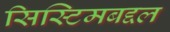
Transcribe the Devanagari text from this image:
सिस्टिमबद्दल